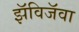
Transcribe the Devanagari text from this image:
झॅविजॅवा